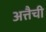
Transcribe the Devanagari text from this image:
अत्तैची